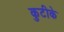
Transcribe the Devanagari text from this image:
कुटीके